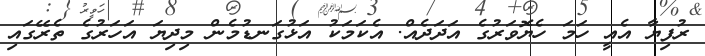
ރުފިޔާ އެއީ ހަމަ ހެޔޮވަރުގެ އަދަދެއް. އެކަމަކު އަޅުގަނޑުމެން މިދިޔަ އަހަރުގެ ތެރޭގައި